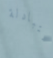
المتبادلة